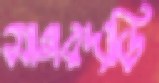
সাগরদাড়ি